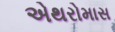
એથરોમાસ